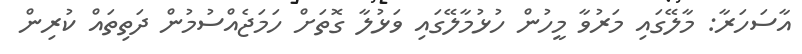
އާސަހަރާ: މާލޭގައި މަރުވާ މީހުން ހުޅުމާލޭގައި ވަޅުލާ ގޮތަށް ހަމަޖެއްސުމުން ދަތިތައް ކުރިން